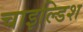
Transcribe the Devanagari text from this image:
चाइल्डिश